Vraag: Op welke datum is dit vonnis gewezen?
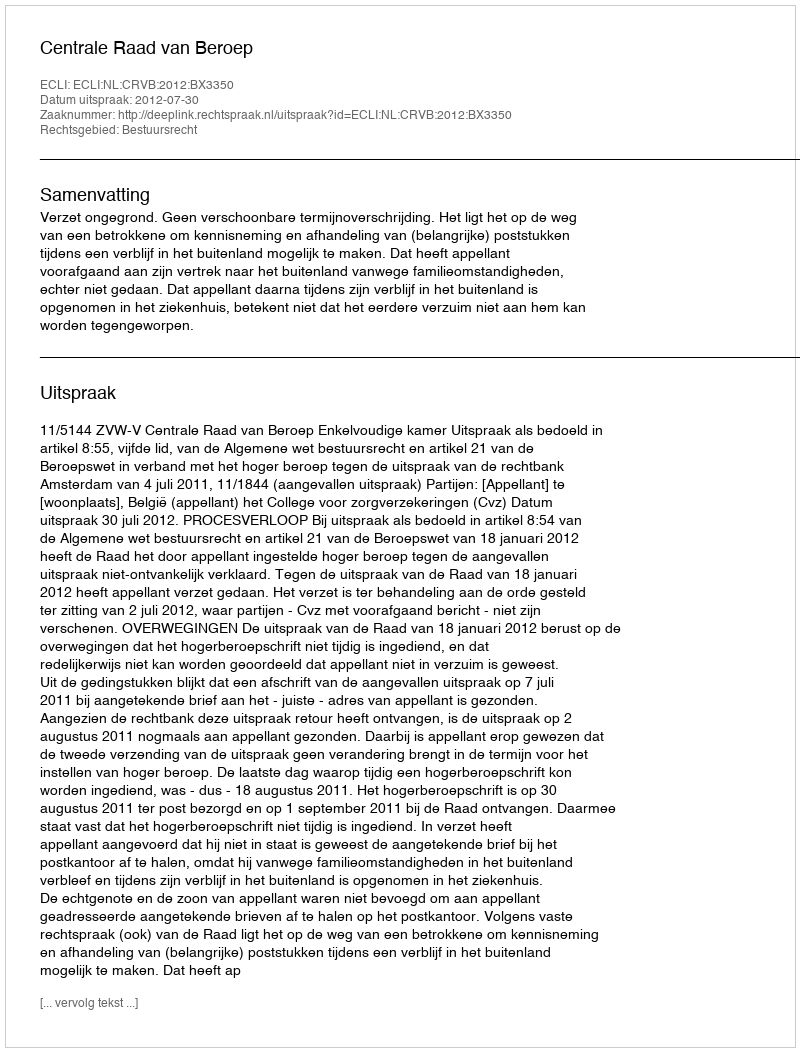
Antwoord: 2012-07-30